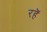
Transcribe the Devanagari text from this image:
रहॆं